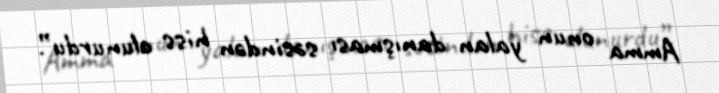
Amma onun yalan danışması səsindən hiss olunurdu”.